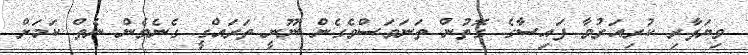
ވިޔަފާރި ކުރިއަރުވާ ފައިސާގެ ގޮތުން ތަނަވަސްވެގެން ނޫނީ ތަރައްގީ ގެނެވެން ނެތް ކަަމަށް